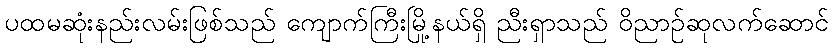
ပထမဆုံးနည်းလမ်းဖြစ်သည် ကျောက်ကြီးမြို့နယ်ရှိ ညီးရှာသည် ဝိညာဉ်ဆုလက်ဆောင်